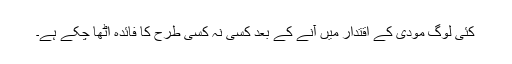
کئی لوگ مودی کے اقتدار میں آنے کے بعد کسی نہ کسی طرح کا فائدہ اٹھا چکے ہے۔